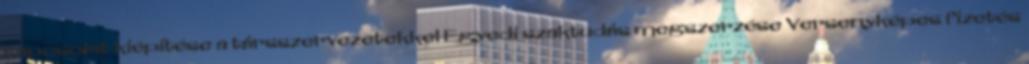
kapcsolat kiépítése a társszervezetekkel Egyedi szaktudás megszerzése Versenyképes fizetés